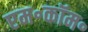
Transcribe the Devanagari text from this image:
एम॰कॉम॰